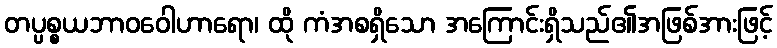
တပ္ပစ္စယဘာဝဝေါဟာရော၊ ထို ကံအစရှိသော အကြောင်းရှိသည်၏အဖြစ်အားဖြင့်